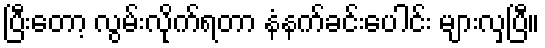
ပြီးတော့ လွမ်းလိုက်ရတာ နံနက်ခင်းပေါင်း များလှပြီ။